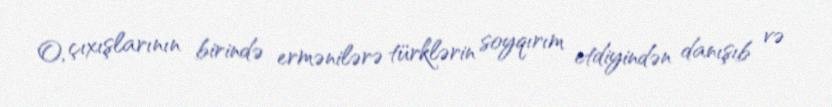
O, çıxışlarının birində ermənilərə türklərin soyqırım etdiyindən danışıb və